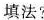
填法?